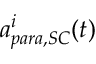
a _ { p a r a , S C } ^ { i } ( t )